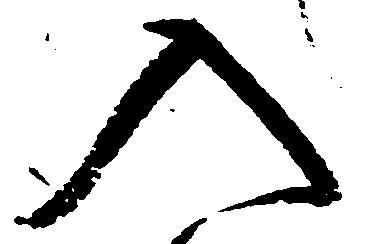
入